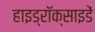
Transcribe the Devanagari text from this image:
हाइड्रॉक्साइडें